Lunatic asylums Madras 1892-1911 - 1892-1911
Year: 1892
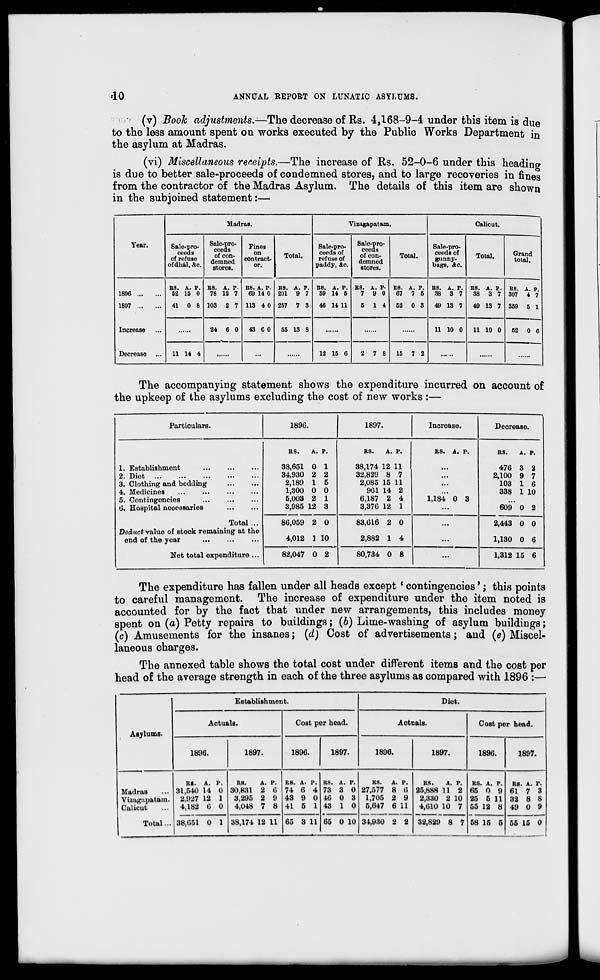
do
ANNUAL BEPORT ON LUNATIC ASYLUMS.
(v) Booh adjustments.—The decrease of Rs. 4,168-9-4 under this item is due
to the less amount spent on works executed by the Public Works Department in
the asylum at Madras.
(vi) Miscellaneous receipts.—The increase of Rs. 52-0-6 under this heading
is due to better sale-proceeds of condemned stores, and to large recoveries in fines
from the contractor of the Madras Asylum. The details of this item are shown
in the subjoined statement:—
Year.
1896 ...
1897 ...
Increase
Decrease
Madras.
Sale-pro-
ceeds
of ref use
of dual, &c.
Sale-pro-
ceeds
of con-
demned
stores.
Fines
on
contract-
or.
Total.
Vizagapatam.
Sale-pro-
ceeds of
refuse of
paddy, &c.
BS. A. p.
62 15 0
41 0 8
11 14 4
BS. A. P
78 12 7
103 2 7
24 6 0
BS. A. P.
69 14 0
113 4 0
43 6 0
BS.
201
A. P.
9 7
257 7 3
55 13 8
BS. A. P.
59 14 6
46 14 11
12 15 6
Sale-pro-
ceeds
of con-
demned
stores.
Total.
BS. A. P-
7 9 0
5 14
2 7 8
BS.
67
A. P.
7 5
52 0 3
15 7 2
Calicut.
Sale-pro-
ceeds of
gunny-
bags, &c.
Total.
BS. A. p.
38 3 7
49 13 7
11 10 0
BS.
38
A. p.
3 7
49 13 7
11 10 0
Grand
total.
RS.
307
A. P.
4 7
359 5 1
52 0 6
The accompanying statement shows the expenditure incurred on account of
the upkeep of the asylums excluding the cost of new works :—
Particulars.
1896.
1897.
Increase.
Decrease.
1. Establishment
2. Diet
3. Clothing and bedding
4. Medicines
5. Contingencies
6. Hospital necessaries
Total ...
Deduct value of stock remaining at the
end of the year
Net total expenditure ...
BS.
A. P.
38,651 0 1
34,930 2 2
2,189 1 5
1,300 0 0
5,003 2 1
3,985 12 3
RS.
A. P.
38,174 12 11
32,829 8 7
2,085 15 11
961 14 2
6,187 2 4
3,376 12 1
RS. A. P.
1,184 0 3
BS.
A. p.
476 3 2
2,100 9 7
103 1 6
338 1 10
609 0 2
86,059 2 0
4,012 1 10
83,616 2 0
2,882 1 4
...
2,443 0 0
1,130 0 6
82,047 0 2
80,734 0 8
...
1,312 15 6
The expenditure has fallen under all heads except ' contingencies*; this points
to careful management. The increase of expenditure under the item noted is
accounted for by the fact that under new arrangements, this includes money
spent on (a) Petty repairs to buildings; (b) Lime-washing of asylum buildings;
(c) Amusements for the insanes; (d) Cost of advertisements; and (e) Miscel-
laneous charges.
The annexed table shows the total cost under different items and the cost per
head of the average strength in each of the three asylums as compared with 1896 :—
Asylums.
Establishment.
Actuals.
1896.
1897.
Cost per head.
1896.
1897.
Diet.
Aotnals.
1896.
1897.
Cost per head.
1896.
1897.
Madras
Vizagapatam.
Calicut
R8. A.
31,540 14
2,927 12
4,182 6
P.
0
1
0
38,051 0 1
RS.
A. P.
30,831 2 6
3,295 2 9
4,048 7 8
R8. A< P.
74 6 4
43 9 0
41 5 1
RS. A. P.
73 3 0
46 0 3
43 1 0
38,174 12 11 65 3 11 65 0 10
RS.
A. P.
27,577 8 6
1,705 2 9
5,647 6 11
34,930 2 2
RS.
A. P.
25,888 11 2
2,330 2 10
4,610 10 7
RS. A.
65 0
25 5
55 12
p.
9
11
8
32,829 8 7 58 15 5
RS. A. P.
61 7 3
32 8 8
49 0 9
55 15 0